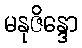
မနုဇိန္ဒော